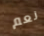
نعم